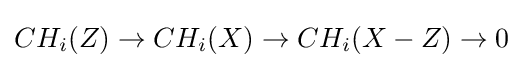
CH_{i}(Z)\rightarrow CH_{i}(X)\rightarrow CH_{i}(X-Z)\rightarrow 0